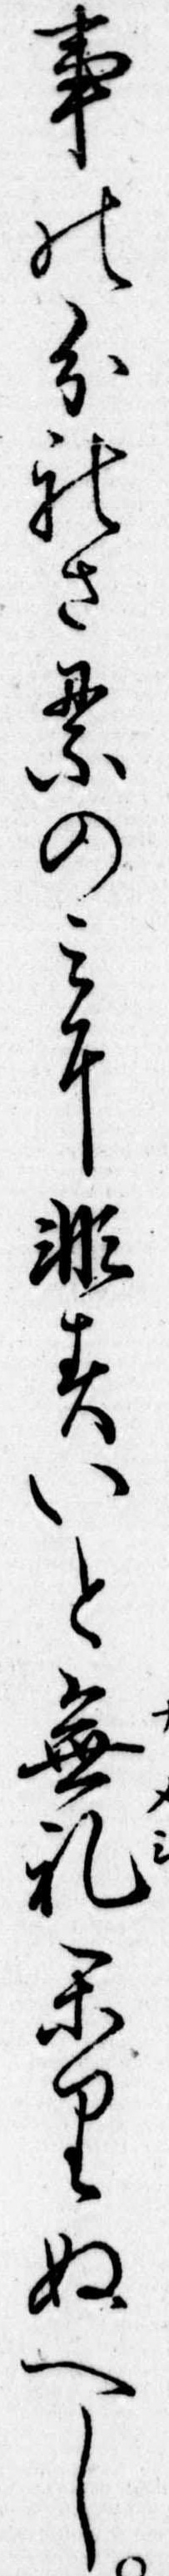
事の分れさるのみに非すいと無礼かりぬへし